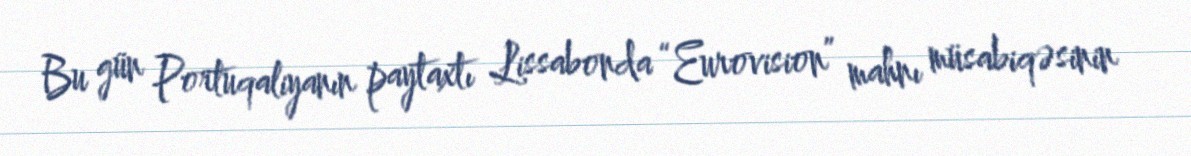
Bu gün Portuqaliyanın paytaxtı Lissabonda “Eurovision” mahnı müsabiqəsinin